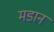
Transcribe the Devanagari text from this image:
मडान